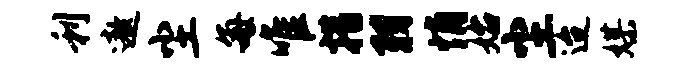
利遨尘每唯措羽悄始尘迨媒